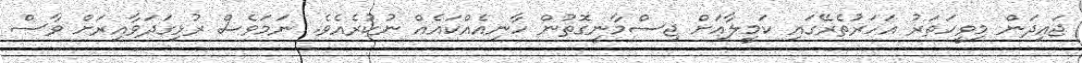
ޖައިދަން މިވީހަތަރު އަހަރުތެރޭގައި ކަމީލާއަށް ޖިސްމާނީގޮތުން ހާނިއެއްކައެއް ނުކުރެއެވެ. ނަމަވެސް ރުޅިގަދަވާއިރަށް ވާސް